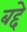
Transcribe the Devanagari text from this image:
बद्दे